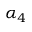
\alpha _ { 4 }